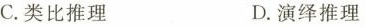
C.类比推理 D.演绎推理